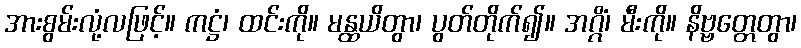
အားစွမ်းလုံ့လဖြင့်။ ကဋ္ဌံ၊ ထင်းကို။ မန္ထယိတွာ၊ ပွတ်တိုက်၍။ အဂ္ဂိံ၊ မီးကို။ နိဗ္ဗတ္တေတွာ၊